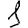
Digit: 1